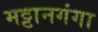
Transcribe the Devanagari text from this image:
मट्टानगंगा